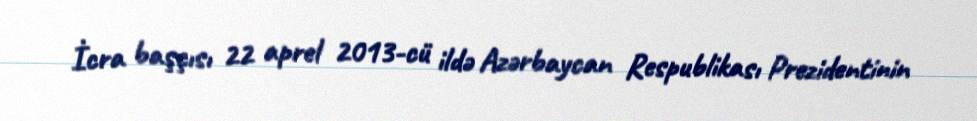
İcra başçısı 22 aprel 2013-cü ildə Azərbaycan Respublikası Prezidentinin